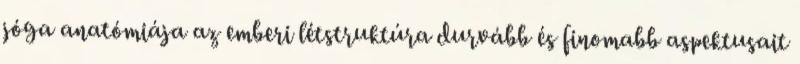
jóga anatómiája az emberi létstruktúra durvább és finomabb aspektusait